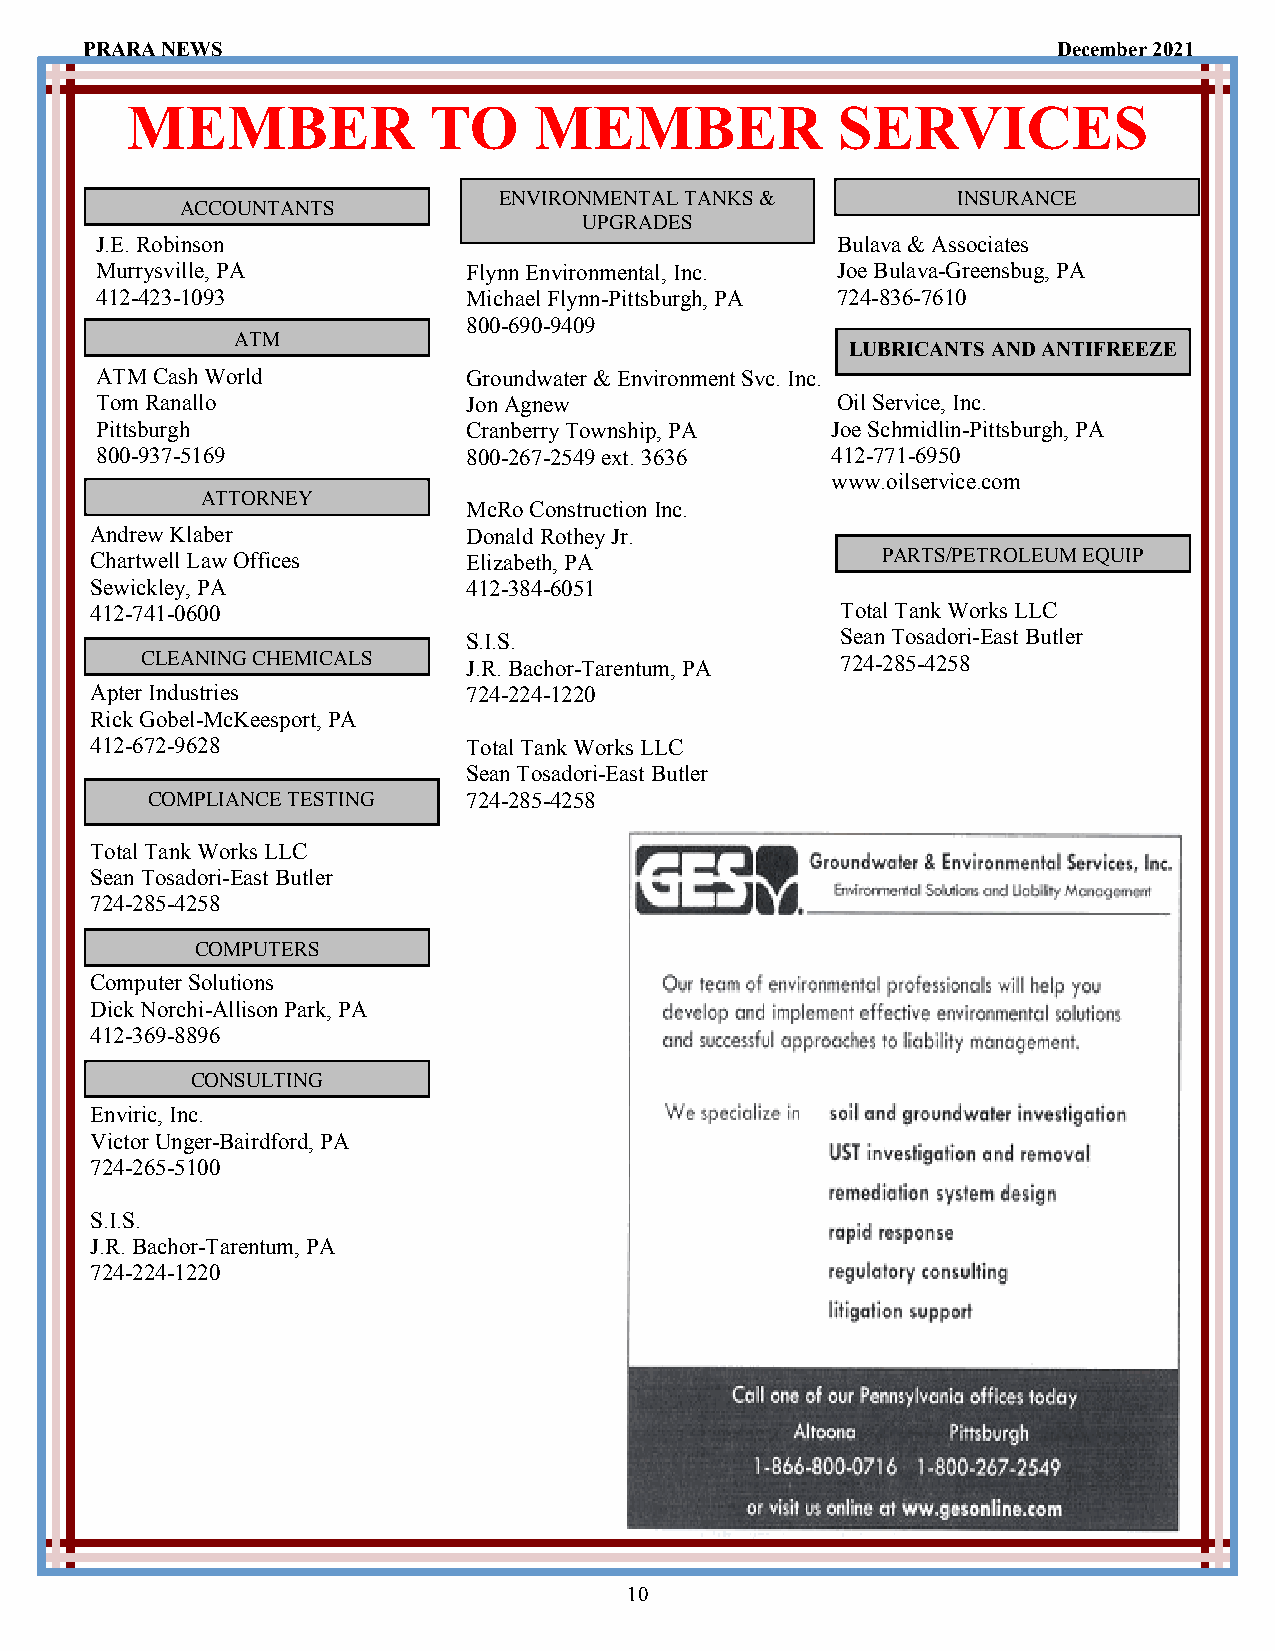
PRARA NEWS                                                       December 2021
 MEMBER              TO     MEMBER              SERVICES
 ENVIRONMENTAL TANKS &         INSURANCE
 ACCOUNTANTS
 UPGRADES
 J.E. Robinson                                    Bulava & Associates
 Murrysville, PA          Flynn Environmental, Inc. Joe Bulava-Greensbug, PA
 412-423-1093             Michael Flynn-Pittsburgh, PA 724-836-7610
 800-690-9409
 ATM
 LUBRICANTS AND ANTIFREEZE
 ATM Cash World           Groundwater & Environment Svc. Inc.
 Tom Ranallo              Jon Agnew               Oil Service, Inc.
 Pittsburgh               Cranberry Township, PA  Joe Schmidlin-Pittsburgh, PA
 800-937-5169             800-267-2549 ext. 3636  412-771-6950
 www.oilservice.com
 ATTORNEY
 McRo Construction Inc.
 Andrew Klaber            Donald Rothey Jr.
 Chartwell Law Offices    Elizabeth, PA              PARTS/PETROLEUM EQUIP
 Sewickley, PA            412-384-6051
 412-741-0600                                      Total Tank Works LLC
 S.I.S.                   Sean Tosadori-East Butler
 CLEANING CHEMICALS    J.R. Bachor-Tarentum, PA 724-285-4258
 Apter Industries         724-224-1220
 Rick Gobel-McKeesport, PA
 412-672-9628             Total Tank Works LLC
 Sean Tosadori-East Butler
 COMPLIANCE TESTING   724-285-4258
 Total Tank Works LLC
 Sean Tosadori-East Butler
 724-285-4258
 COMPUTERS
 Computer Solutions
 Dick Norchi-Allison Park, PA
 412-369-8896
 CONSULTING
 Enviric, Inc.
 Victor Unger-Bairdford, PA
 724-265-5100
 S.I.S.
 J.R. Bachor-Tarentum, PA
 724-224-1220
 10